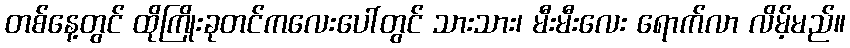
တစ်နေ့တွင် ထိုကြိုးခုတင်ကလေးပေါ်တွင် သားသား၊ မီးမီးလေး ရောက်လာ လိမ့်မည်။